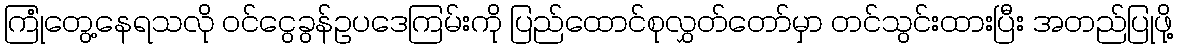
ကြုံတွေ့နေရသလို ဝင်ငွေခွန်ဥပဒေကြမ်းကို ပြည်ထောင်စုလွှတ်တော်မှာ တင်သွင်းထားပြီး အတည်ပြုဖို့